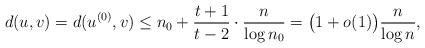
LaTeX: \begin{align*}d(u,v) = d(u^{(0)}, v) \leq n_0 + \frac{t+1}{t-2} \cdot \frac{n}{\log n_0} = \big(1+o(1)\big)\frac{n}{\log n},\end{align*}